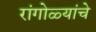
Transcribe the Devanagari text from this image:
रांगोळ्यांचे